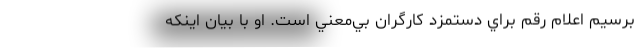
برسيم اعلام رقم براي دستمزد كارگران بي‌معني است. او با بيان اينكه